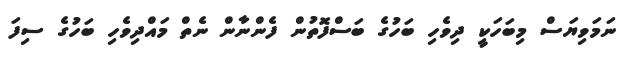
ނަމަވިޔަސް މިބަހަކީ ދިވެހި ބަހުގެ ބަސްފޮތުން ފެންނާން ނެތް މައްދިވެހި ބަހުގެ ސިފަ